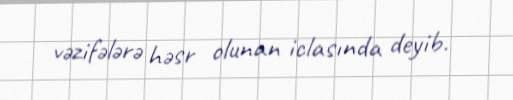
vəzifələrə həsr olunan iclasında deyib.